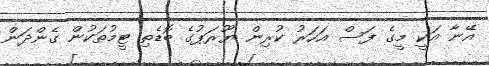
އޭނާ އަކީ މީގެ ފަސް އަހަރު ކުރިން ޔޫރަޕުގެ ބޮޑެތި ޓީމުތަކުން ގެންދަން